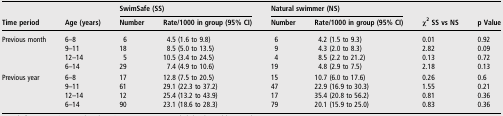
<table><thead><tr><td rowspan="2"><b>Time period</b></td><td rowspan="2"><b>Age (years)</b></td><td colspan="2"><b>SwimSafe (SS)</b></td><td colspan="2"><b>Natural swimmer (NS)</b></td><td rowspan="2"><b>χ<sup>2</sup> SS vs NS</b></td><td rowspan="2"><b>p Value</b></td></tr><tr><td><b>Number</b></td><td><b>Rate/1000 in group (95% CI)</b></td><td><b>Number</b></td><td><b>Rate/1000 in group (95% CI)</b></td></tr></thead><tbody><tr><td rowspan="4">Previous month</td><td>6–8</td><td>6</td><td>4.5 (1.6 to 9.8)</td><td>6</td><td>4.2 (1.5 to 9.3)</td><td>0.01</td><td>0.92</td></tr><tr><td>9–11</td><td>18</td><td>8.5 (5.0 to 13.5)</td><td>9</td><td>4.3 (2.0 to 8.3)</td><td>2.82</td><td>0.09</td></tr><tr><td>12–14</td><td>5</td><td>10.5 (3.4 to 24.5)</td><td>4</td><td>8.5 (2.2 to 21.2)</td><td>0.13</td><td>0.72</td></tr><tr><td>6–14</td><td>29</td><td>7.4 (4.9 to 10.6)</td><td>19</td><td>4.8 (2.9 to 7.5)</td><td>2.18</td><td>0.13</td></tr><tr><td rowspan="4">Previous year</td><td>6–8</td><td>17</td><td>12.8 (7.5 to 20.5)</td><td>15</td><td>10.7 (6.0 to 17.6)</td><td>0.26</td><td>0.6</td></tr><tr><td>9–11</td><td>61</td><td>29.1 (22.3 to 37.2)</td><td>47</td><td>22.9 (16.9 to 30.3)</td><td>1.55</td><td>0.21</td></tr><tr><td>12–14</td><td>12</td><td>25.4 (13.2 to 43.9)</td><td>17</td><td>35.4 (20.8 to 56.2)</td><td>0.81</td><td>0.36</td></tr><tr><td>6–14</td><td>90</td><td>23.1 (18.6 to 28.3)</td><td>79</td><td>20.1 (15.9 to 25.0)</td><td>0.83</td><td>0.36</td></tr></tbody></table>